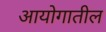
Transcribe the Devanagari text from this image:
आयोगातील